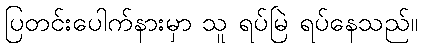
ပြတင်းပေါက်နားမှာ သူ ရပ်မြဲ ရပ်နေသည်။